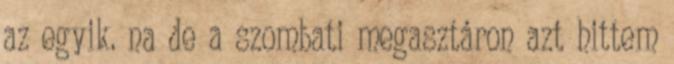
az egyik. na de a szombati megasztáron azt hittem